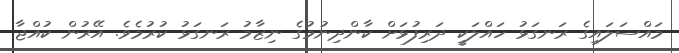
މައްސަލައިގެ ރަނގަޅު ހައްލަކީ ދަރިފުޅަށް ކާންދިނުމުގެ ނިޒާމު ރަނގަޅު ކުރުމެވެ. އޭރުން ކުއްޖާ